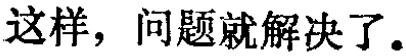
这样, 问题就解决了.